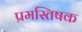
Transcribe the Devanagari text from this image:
प्रमस्तिषक